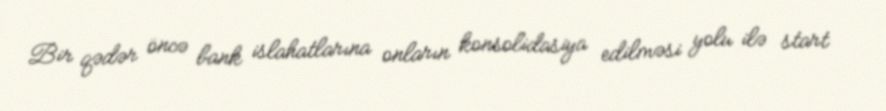
Bir qədər öncə bank islahatlarına onların konsolidasiya edilməsi yolu ilə start